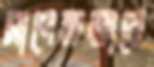
সাপেক্ষভাবে